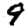
Digit: 9